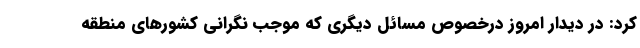
کرد: در دیدار امروز درخصوص مسائل دیگری که موجب نگرانی کشورهای منطقه